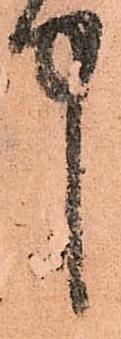
中